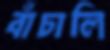
বাঁচালি